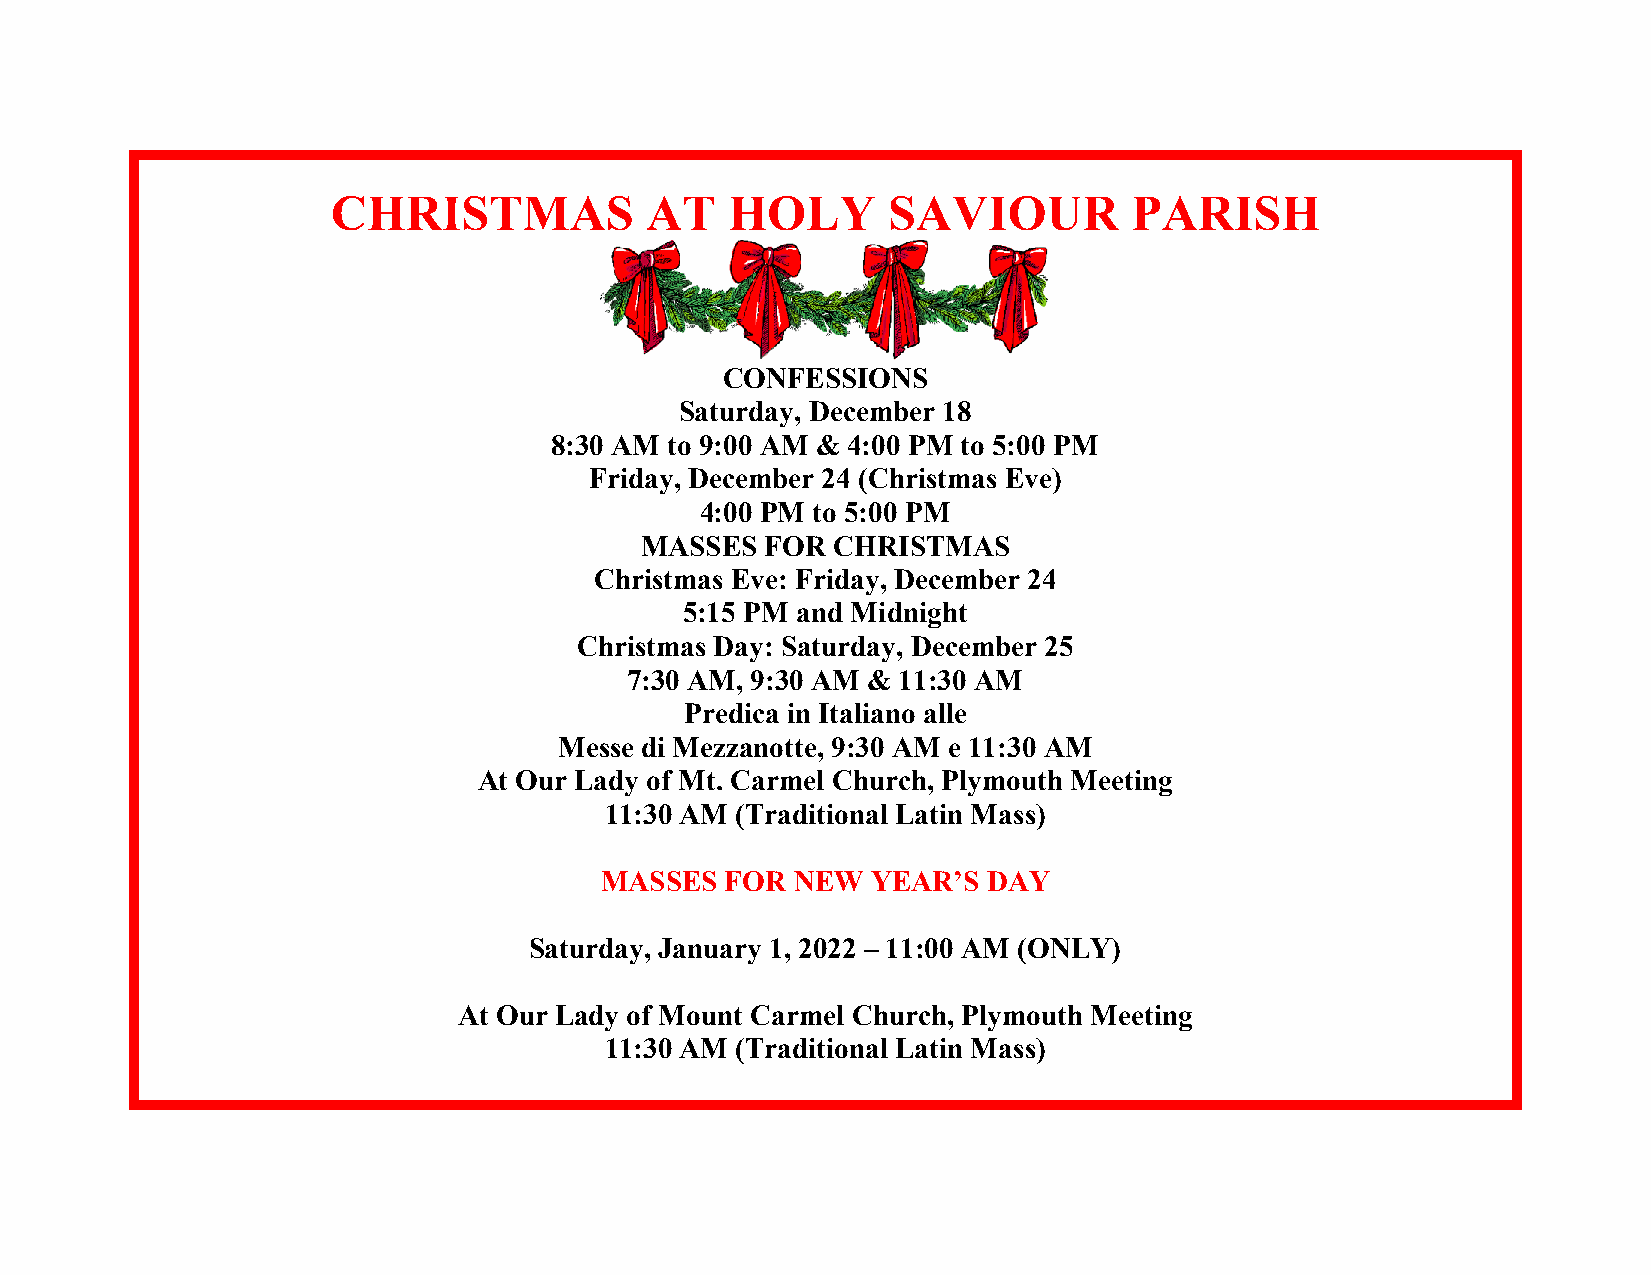
CHRISTMAS            AT   HOLY       SAVIOUR         PARISH
 CONFESSIONS
 Saturday, December 18
 8:30 AM to 9:00 AM & 4:00 PM to 5:00 PM
 Friday, December 24 (Christmas Eve)
 4:00 PM to 5:00 PM
 MASSES   FOR CHRISTMAS
 Christmas Eve: Friday, December 24
 5:15 PM and Midnight
 Christmas Day: Saturday, December 25
 7:30 AM, 9:30 AM & 11:30 AM
 Predica in Italiano alle
 Messe di Mezzanotte, 9:30 AM e 11:30 AM
 At Our Lady of Mt. Carmel Church, Plymouth Meeting
 11:30 AM (Traditional Latin Mass)
 MASSES  FOR  NEW  YEAR’S DAY
 Saturday, January 1, 2022 – 11:00 AM (ONLY)
 At Our Lady of Mount Carmel Church, Plymouth Meeting
 11:30 AM (Traditional Latin Mass)